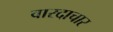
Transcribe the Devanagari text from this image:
वारदाचार